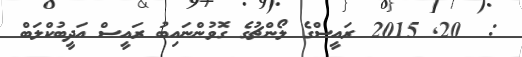
:  20